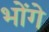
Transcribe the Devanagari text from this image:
भोंगे